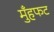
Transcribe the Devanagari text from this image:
मुँहफट